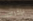
بإخراجك